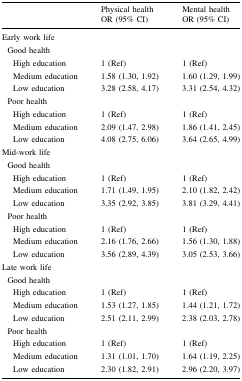
| <ROWSPAN=2>  | Physical health | Mental health |
 | OR (95% CI) | OR (95% CI) |
 | --- | --- | --- |
 | <COLSPAN=3> Early work life |
 | <COLSPAN=3> Good health |
 | High education | 1 (Ref) | 1 (Ref) |
 | Medium education | 1.58 (1.30, 1.92) | 1.60 (1.29, 1.99) |
 | Low education | 3.28 (2.58, 4.17) | 3.31 (2.54, 4.32) |
 | <COLSPAN=3> Poor health |
 | High education | 1 (Ref) | 1 (Ref) |
 | Medium education | 2.09 (1.47, 2.98) | 1.86 (1.41, 2.45) |
 | Low education | 4.08 (2.75, 6.06) | 3.64 (2.65, 4.99) |
 | <COLSPAN=3> Mid-work life |
 | <COLSPAN=3> Good health |
 | High education | 1 (Ref) | 1 (Ref) |
 | Medium education | 1.71 (1.49, 1.95) | 2.10 (1.82, 2.42) |
 | Low education | 3.35 (2.92, 3.85) | 3.81 (3.29, 4.41) |
 | <COLSPAN=3> Poor health |
 | High education | 1 (Ref) | 1 (Ref) |
 | Medium education | 2.16 (1.76, 2.66) | 1.56 (1.30, 1.88) |
 | Low education | 3.56 (2.89, 4.39) | 3.05 (2.53, 3.66) |
 | <COLSPAN=3> Late work life |
 | <COLSPAN=3> Good health |
 | High education | 1 (Ref) | 1 (Ref) |
 | Medium education | 1.53 (1.27, 1.85) | 1.44 (1.21, 1.72) |
 | Low education | 2.51 (2.11, 2.99) | 2.38 (2.03, 2.78) |
 | <COLSPAN=3> Poor health |
 | High education | 1 (Ref) | 1 (Ref) |
 | Medium education | 1.31 (1.01, 1.70) | 1.64 (1.19, 2.25) |
 | Low education | 2.30 (1.82, 2.91) | 2.96 (2.20, 3.97) |